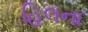
હિલના